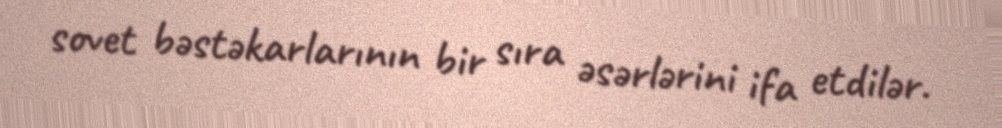
sovet bəstəkarlarının bir sıra əsərlərini ifa etdilər.